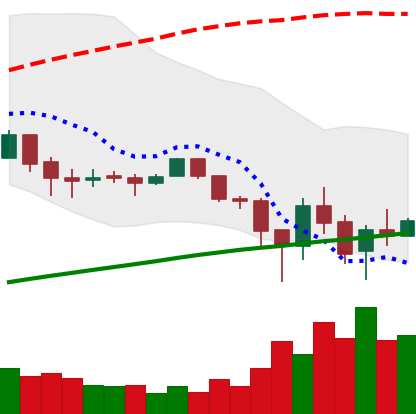
Ticker: LTC-USD
Chart end date: 2018-02-08
Forward return: 6.749%
Label: up_5_7